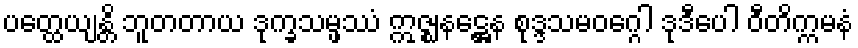
ပတ္ထေယျန္တိ ဘူတတာယ ဒုက္ခသမ္ဖဿံ ဣဇ္ဈနဋ္ဌေန စုဒ္ဒသမဝဂ္ဂေါ ဒုဒီပေါ ဝီတိက္ကမနံ